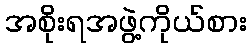
အစိုးရအဖွဲ့ကိုယ်စား